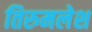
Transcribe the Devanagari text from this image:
तिरुमलेश